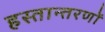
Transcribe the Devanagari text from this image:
हस्तान्तरणों